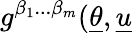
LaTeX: g^{\beta_{1}...\beta_{m}}(\underline{{{\theta}}},\underline{{{u}}}